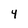
Character: 4